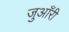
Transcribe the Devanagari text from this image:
जुआँरी